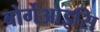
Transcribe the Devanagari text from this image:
बोर्गेओइसि